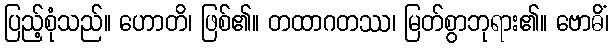
ပြည့်စုံသည်။ ဟောတိ၊ ဖြစ်၏။ တထာဂတဿ၊ မြတ်စွာဘုရား၏။ ဗောဓိံ၊